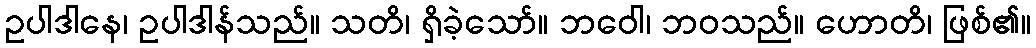
ဥပါဒါနေ၊ ဥပါဒါန်သည်။ သတိ၊ ရှိခဲ့သော်။ ဘဝေါ၊ ဘဝသည်။ ဟောတိ၊ ဖြစ်၏။